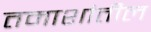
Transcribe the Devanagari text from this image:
तमाशांतील